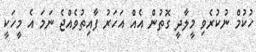
ހުކުމް ނުކުރެވި މީލާދީ ގޮތުން އެއް އަހަރު ފާއިތުވެއްޖެ ނަމަ އެ މީހަކީ